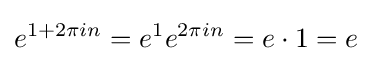
e^{1+2\pi in}=e^{1}e^{2\pi in}=e\cdot 1=e